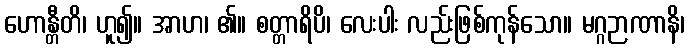
ဟောန္တီတိ၊ ဟူ၍။ အာဟ၊ ၏။ စတ္တာရိပိ၊ လေးပါး လည်းဖြစ်ကုန်သော။ မဂ္ဂဉာဏာနိ၊